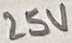
Text: 25V